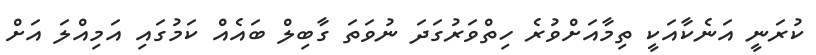
ކުރަނީ އަނެކާއަކީ ތިމާއަށްވުރެ ހިތްވަރުގަދަ ނުވަތަ ގާބިލް ބައެއް ކަމުގައި އަމިއްލަ އަށް